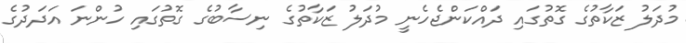
މުދަލު ޒަކާތުގެ ގޮތުގައި ދައްކަންޖެހެނީ މުދަލު ޒަކާތުގެ ނިސާބުގެ ގޮތުގައި ހުންނަ އަދަދުގެ